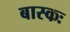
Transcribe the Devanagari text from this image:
बास्कः